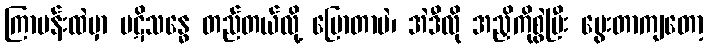
ကြာပန်းထဲမှာ ပဋိသန္ဓေ တည်တယ်လို့ ပြောတာပဲ၊ အဲဒီလို အညှိကိုစွဲပြီး မွေးတာကျတော့